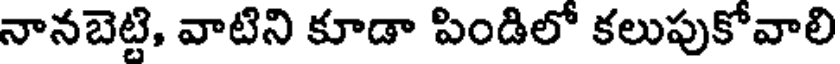
నానబెట్టి, వాటిని కూడా పిండిలో కలుపుకోవాలి